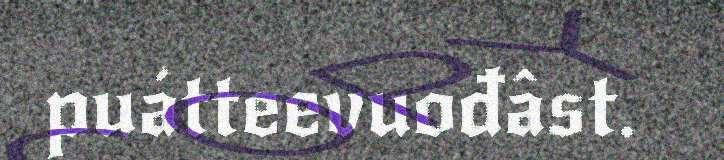
puátteevuođâst.